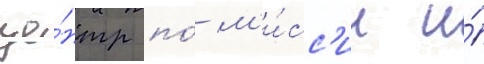
це́нтр по́ м'и́сс'ии и́